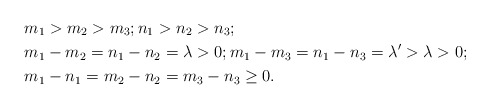
\begin{align*}&m_1>m_2>m_3; n_1>n_2> n_3; \\&m_1-m_2=n_1-n_2=\lambda>0; m_1-m_3=n_1-n_3=\lambda'>\lambda>0; \\&m_1-n_1=m_2-n_2=m_3-n_3\ge0. \end{align*}